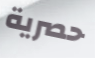
حصرية